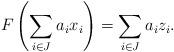
LaTeX: \begin{align*} F\left(\sum_{i\in J}{a_i x_i}\right) = \sum_{i\in J}{a_i z_i}.\end{align*}